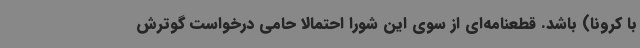
با کرونا) باشد. قطعنامه‌ای از سوی این شورا احتمالا حامی درخواست گوترش